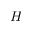
\boldsymbol { H }